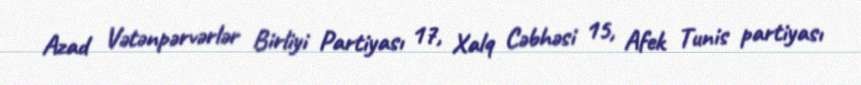
Azad Vətənpərvərlər Birliyi Partiyası 17, Xalq Cəbhəsi 15, Afek Tunis partiyası